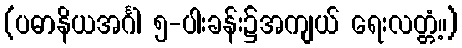
(ပဓာနိယအင်္ဂါ ၅-ပါးခန်း၌အကျယ် ရေးလတ္တံ့။)